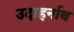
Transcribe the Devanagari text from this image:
उदाहर्नाथ